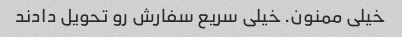
خیلی ممنون. خیلی سریع سفارش رو تحویل دادند